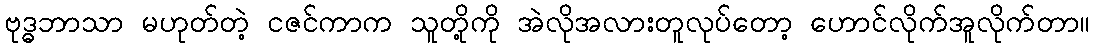
ဗုဒ္ဓဘာသာ မဟုတ်တဲ့ ငဇင်ကာက သူတို့ကို အဲလိုအလားတူလုပ်တော့ ဟောင်လိုက်အူလိုက်တာ။